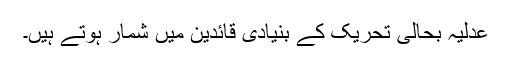
عدلیہ بحالی تحریک کے بنیادی قائدین میں شمار ہوتے ہیں۔